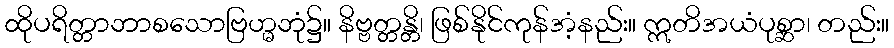
ထိုပရိတ္တာဘာစသောဗြဟ္မဘုံ၌။ နိဗ္ဗတ္တန္တိ၊ ဖြစ်နိုင်ကုန်အံ့နည်း။ ဣတိအယံပုစ္ဆာ၊ တည်း။